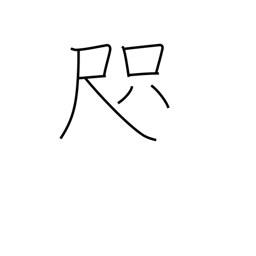
Meaning: span